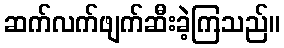
ဆက်လက်ဖျက်ဆီးခဲ့ကြသည်။